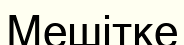
Мешітке